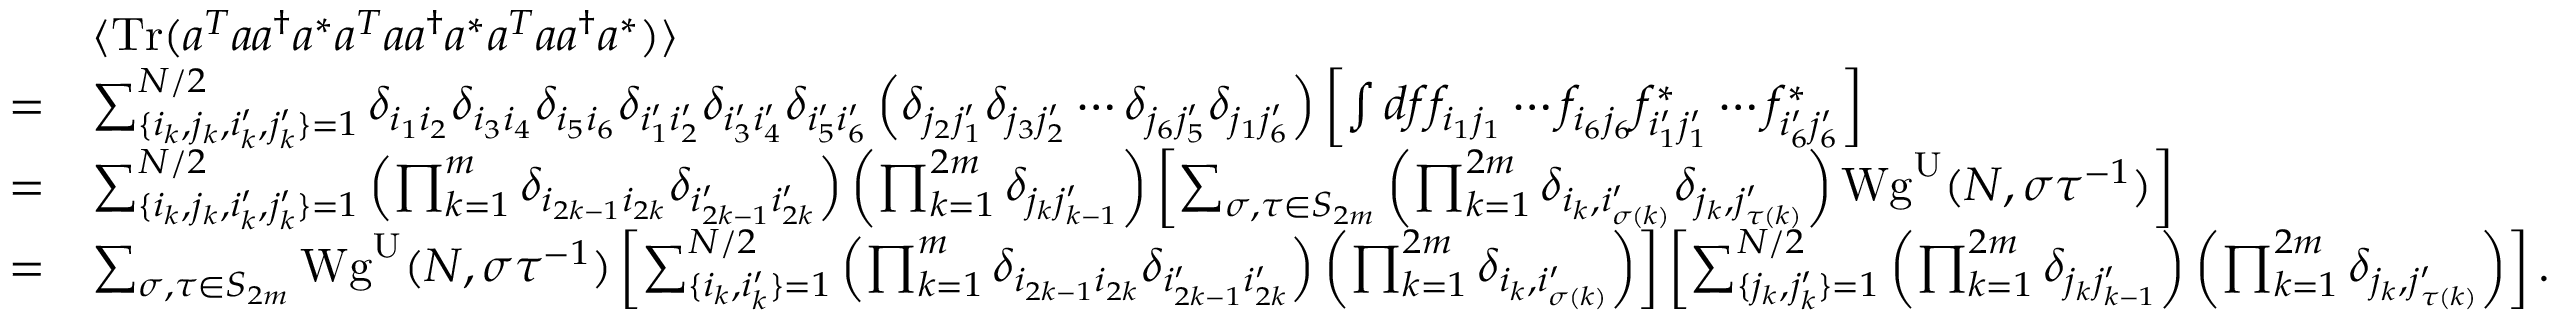
\begin{array} { r l } & { \langle \mathrm { T r } ( a ^ { T } a a ^ { \dagger } a ^ { * } a ^ { T } a a ^ { \dagger } a ^ { * } a ^ { T } a a ^ { \dagger } a ^ { * } ) \rangle } \\ { = } & { \sum _ { \lbrace i _ { k } , j _ { k } , i _ { k } ^ { \prime } , j _ { k } ^ { \prime } \rbrace = 1 } ^ { N / 2 } \delta _ { i _ { 1 } i _ { 2 } } \delta _ { i _ { 3 } i _ { 4 } } \delta _ { i _ { 5 } i _ { 6 } } \delta _ { i _ { 1 } ^ { \prime } i _ { 2 } ^ { \prime } } \delta _ { i _ { 3 } ^ { \prime } i _ { 4 } ^ { \prime } } \delta _ { i _ { 5 } ^ { \prime } i _ { 6 } ^ { \prime } } \left( \delta _ { j _ { 2 } j _ { 1 } ^ { \prime } } \delta _ { j _ { 3 } j _ { 2 } ^ { \prime } } \cdots \delta _ { j _ { 6 } j _ { 5 } ^ { \prime } } \delta _ { j _ { 1 } j _ { 6 } ^ { \prime } } \right) \left[ \int d f f _ { i _ { 1 } j _ { 1 } } \cdots f _ { i _ { 6 } j _ { 6 } } f _ { i _ { 1 } ^ { \prime } j _ { 1 } ^ { \prime } } ^ { * } \cdots f _ { i _ { 6 } ^ { \prime } j _ { 6 } ^ { \prime } } ^ { * } \right] } \\ { = } & { \sum _ { \lbrace i _ { k } , j _ { k } , i _ { k } ^ { \prime } , j _ { k } ^ { \prime } \rbrace = 1 } ^ { N / 2 } \left( \prod _ { k = 1 } ^ { m } \delta _ { i _ { 2 k - 1 } i _ { 2 k } } \delta _ { i _ { 2 k - 1 } ^ { \prime } i _ { 2 k } ^ { \prime } } \right) \left( \prod _ { k = 1 } ^ { 2 m } \delta _ { j _ { k } j _ { k - 1 } ^ { \prime } } \right) \left[ \sum _ { \sigma , \tau \in S _ { 2 m } } \left( \prod _ { k = 1 } ^ { 2 m } \delta _ { i _ { k } , i _ { \sigma ( k ) } ^ { \prime } } \delta _ { j _ { k } , j _ { \tau ( k ) } ^ { \prime } } \right) \mathrm { W g } ^ { \mathrm { U } } ( N , \sigma \tau ^ { - 1 } ) \right] } \\ { = } & { \sum _ { \sigma , \tau \in S _ { 2 m } } \mathrm { W g } ^ { \mathrm { U } } ( N , \sigma \tau ^ { - 1 } ) \left[ \sum _ { \lbrace i _ { k } , i _ { k } ^ { \prime } \rbrace = 1 } ^ { N / 2 } \left( \prod _ { k = 1 } ^ { m } \delta _ { i _ { 2 k - 1 } i _ { 2 k } } \delta _ { i _ { 2 k - 1 } ^ { \prime } i _ { 2 k } ^ { \prime } } \right) \left( \prod _ { k = 1 } ^ { 2 m } \delta _ { i _ { k } , i _ { \sigma ( k ) } ^ { \prime } } \right) \right] \left[ \sum _ { \lbrace j _ { k } , j _ { k } ^ { \prime } \rbrace = 1 } ^ { N / 2 } \left( \prod _ { k = 1 } ^ { 2 m } \delta _ { j _ { k } j _ { k - 1 } ^ { \prime } } \right) \left( \prod _ { k = 1 } ^ { 2 m } \delta _ { j _ { k } , j _ { \tau ( k ) } ^ { \prime } } \right) \right] . } \end{array}